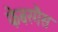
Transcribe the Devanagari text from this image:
फेबरगैस